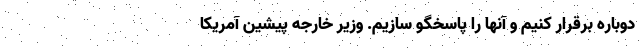
دوباره برقرار کنیم و آنها را پاسخگو سازیم. وزیر خارجه پیشین آمریکا